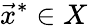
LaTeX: {\vec{x}}^{*}\in X